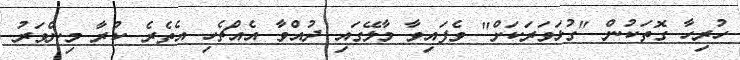
ހުރިހާ ގޮތަކުން "ގުޅަވަރަކަށް" ވެފައިވާ މާލޭގައި ދުއްވާ އެއްޗެހި އެތެރެ ކުރާ މިންވަރު